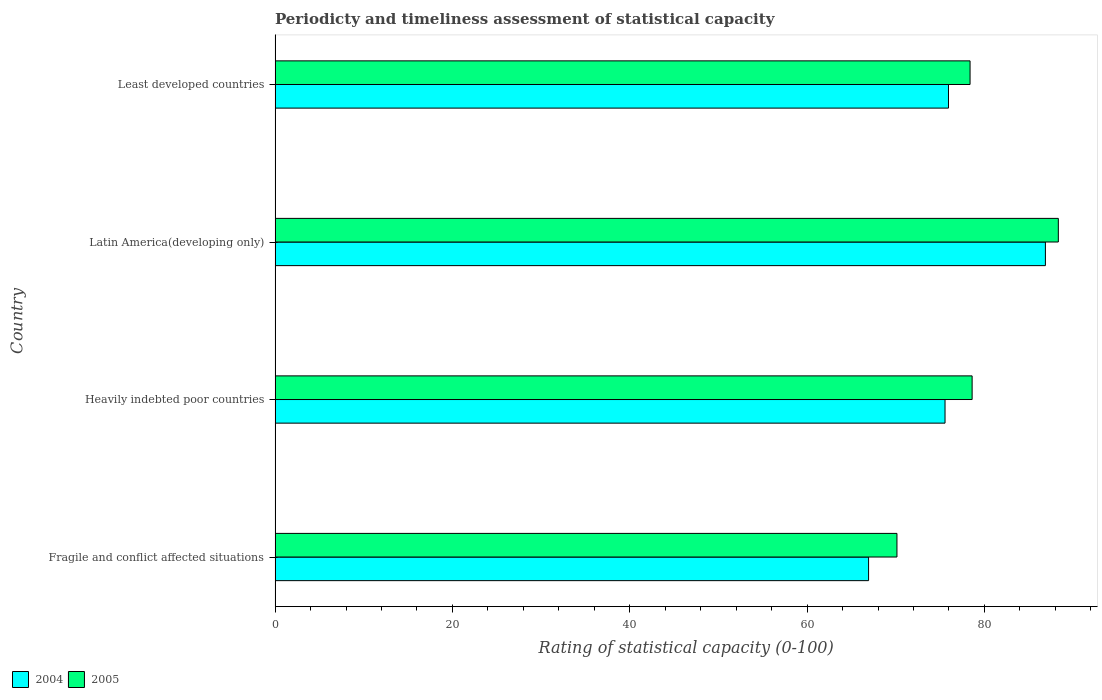
| Country | 2004 | 2005 |
 | --- | --- | --- |
 | Fragile and conflict affected situations | 66.9 | 70.1 |
 | Heavily indebted poor countries | 75.6 | 78.6 |
 | Latin America(developing only) | 86.9 | 88.3 |
 | Least developed countries | 75.9 | 78.4 |